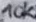
Text: 10K